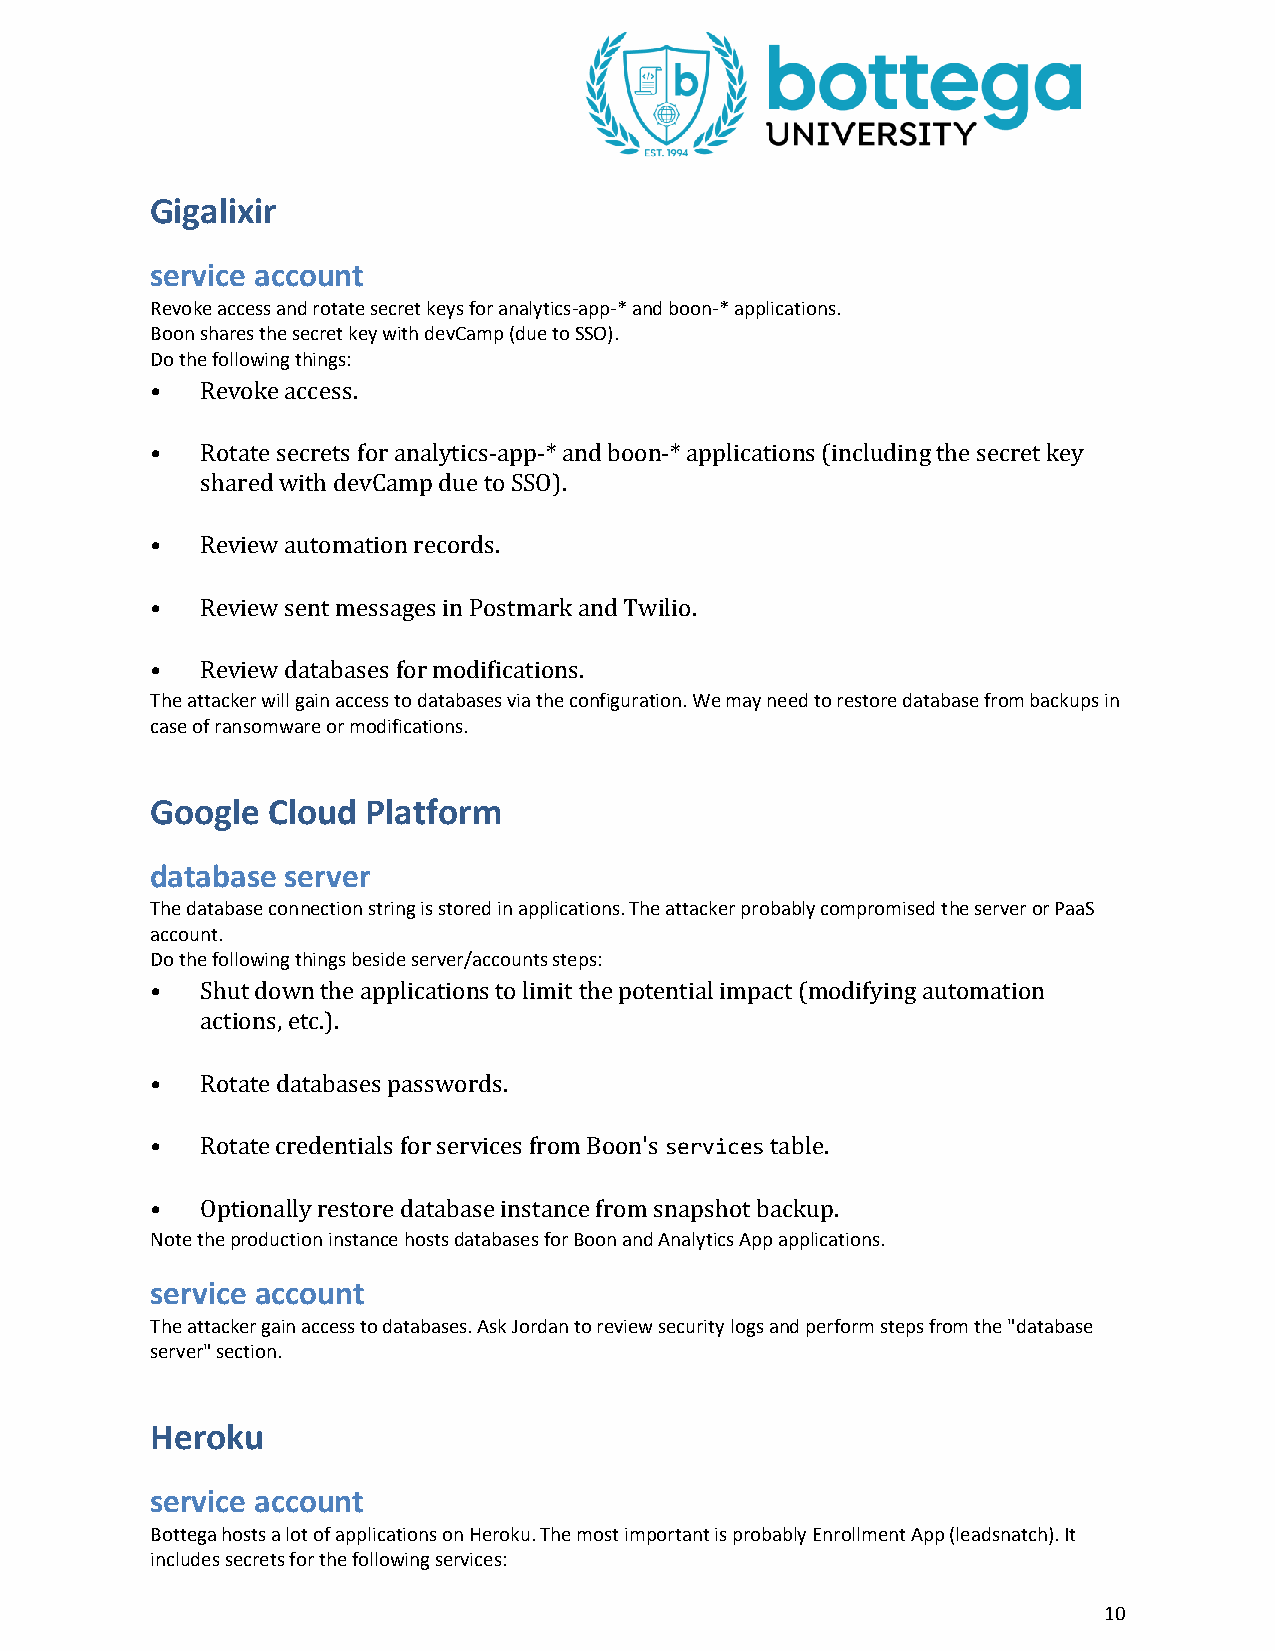
Gigalixir
 service account
 Revoke access and rotate secret keys for analytics-app-* and boon-* applications.
 Boon shares the secret key with devCamp (due to SSO).
 Do the following things:
 •  Revoke access.
 •  Rotate secrets for analytics-app-* and boon-* applications (including the secret key
 shared with devCamp due to SSO).
 •  Review automation records.
 •  Review sent messages in Postmark and Twilio.
 •  Review databases for modifications.
 The attacker will gain access to databases via the configuration. We may need to restore database from backups in
 case of ransomware or modifications.
 Google  Cloud Platform
 database server
 The database connection string is stored in applications. The attacker probably compromised the server or PaaS
 account.
 Do the following things beside server/accounts steps:
 •  Shut down the applications to limit the potential impact (modifying automation
 actions, etc.).
 •  Rotate databases passwords.
 •  Rotate credentials for services from Boon's services table.
 •  Optionally restore database instance from snapshot backup.
 Note the production instance hosts databases for Boon and Analytics App applications.
 service account
 The attacker gain access to databases. Ask Jordan to review security logs and perform steps from the "database
 server" section.
 Heroku
 service account
 Bottega hosts a lot of applications on Heroku. The most important is probably Enrollment App (leadsnatch). It
 includes secrets for the following services:
 10